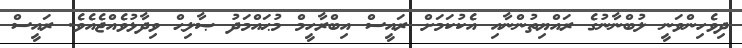
ދިވެހިންވަނީ ލުބްނާނުގެ ރައްޔިތުންނާއި އެކުކަމަށް ރައީސް އިބްރާހީމް މުޙައްމަދު ޞާލިޙް ވިދާޅުވެއްޖެއެވެ. ރައީސް